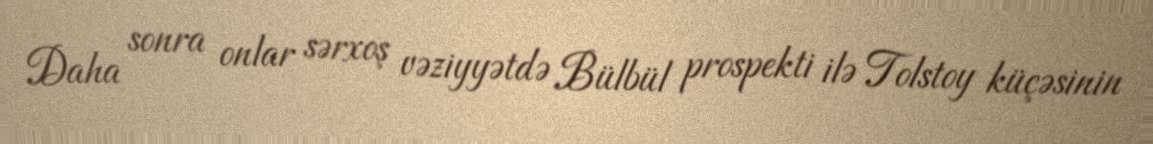
Daha sonra onlar sərxoş vəziyyətdə Bülbül prospekti ilə Tolstoy küçəsinin